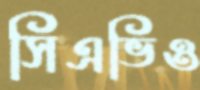
সিএভিও